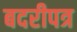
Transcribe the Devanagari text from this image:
बदरीपत्र